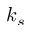
k _ { s }